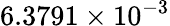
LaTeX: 6.3791\times 10^{-3}